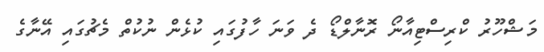
މަޝްހޫރު ކްރިސްޓިއާނޯ ރޮނާލްޑޯ ދެ ވަނަ ހާފުގައި ކުޅެން ނުކުތް މެޗުގައި އޭނާގެ